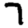
Digit: 7